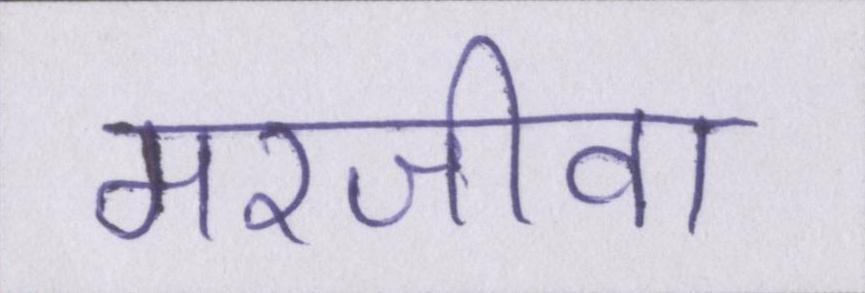
मरजीवा